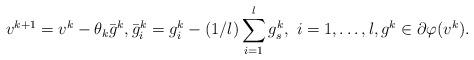
LaTeX: \begin{align*} v^{k+1}=v^k-\theta _{k} \bar g^k, \bar g^k_{i}= g^k_{i}- (1/l) \sum \limits_{i=1}^{l}g^k_{s}, \ i = 1, \ldots , l, g^k \in \partial\varphi(v^{k}).\end{align*}